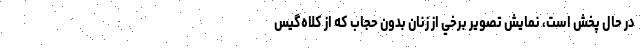
در حال پخش است، نمايش تصوير برخي از زنان بدون حجاب که از کلاه‌گيس